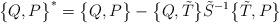
LaTeX: \begin{align*}\bigl\{Q,P\bigr\}^\ast=\bigl\{Q,P\bigr\}-\bigl\{Q,\tilde T\bigr\}\tilde S^{-1}\bigl\{\tilde T,P\bigr\}\end{align*}